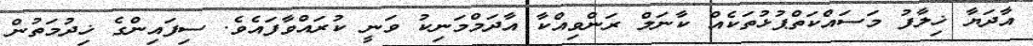
އާދަޔާ ޚިލާފު މަސައްކަތްޕުޅުތަކެއް ކާނަލް ރަންވިއްކާ އާދަމްމަނިކު ވަނީ ކުރައްވާފައެވެ. ސިފައިންގެ ޚިދުމަތުން